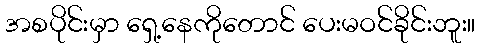
အစပိုင်းမှာ ရှေ့နေကိုတောင် ပေးမဝင်ခိုင်းဘူး။